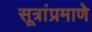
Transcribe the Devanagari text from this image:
सूत्रांप्रमाणे